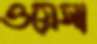
ওয়েসা